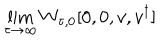
\lim _ { \tau \rightarrow \infty } W _ { \tau , 0 } [ 0 , 0 , { v } , { v } ^ { \dagger } ]